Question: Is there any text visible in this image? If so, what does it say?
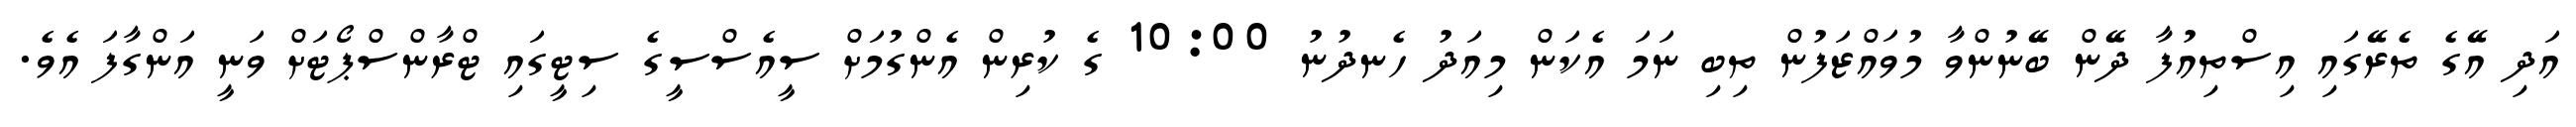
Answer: އަދި އޭގެ ތެރޭގައި އިސްތިއުފާ ދޭން ބޭނުންވާ މުވައްޒަފުން ތިބި ނަމަ އެކަން މިއަދު ހެނދުނު 10:00 ގެ ކުރިން އެންގުމަށް ސީއެސްސީގެ ސިޓީގައި ޓްރާންސްޕޯޓަށް ވަނީ އަންގާފަ އެވެ.